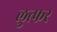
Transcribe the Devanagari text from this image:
लुत्फर